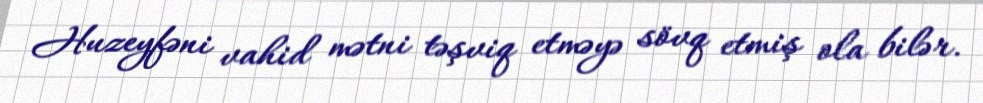
Huzeyfəni vahid mətni təşviq etməyə sövq etmiş ola bilər.